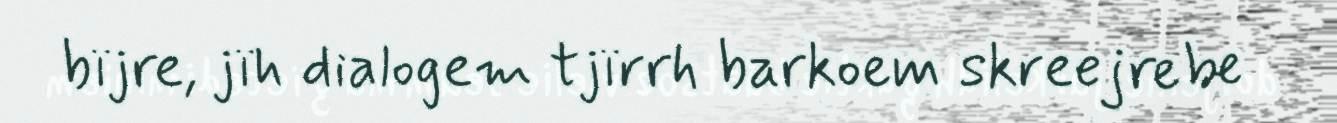
bïjre, jïh dialogem tjïrrh barkoem skreejrebe